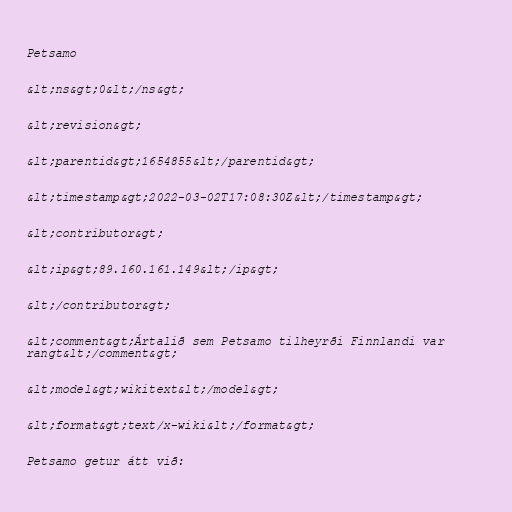
Petsamo

&lt;ns&gt;0&lt;/ns&gt;

&lt;revision&gt;

&lt;parentid&gt;1654855&lt;/parentid&gt;

&lt;timestamp&gt;2022-03-02T17:08:30Z&lt;/timestamp&gt;

&lt;contributor&gt;

&lt;ip&gt;89.160.161.149&lt;/ip&gt;

&lt;/contributor&gt;

&lt;comment&gt;Ártalið sem Petsamo tilheyrði Finnlandi var
rangt&lt;/comment&gt;

&lt;model&gt;wikitext&lt;/model&gt;

&lt;format&gt;text/x-wiki&lt;/format&gt;

Petsamo getur átt við: